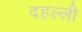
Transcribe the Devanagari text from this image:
दहल्ली